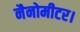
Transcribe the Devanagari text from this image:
नैनोमीटर।